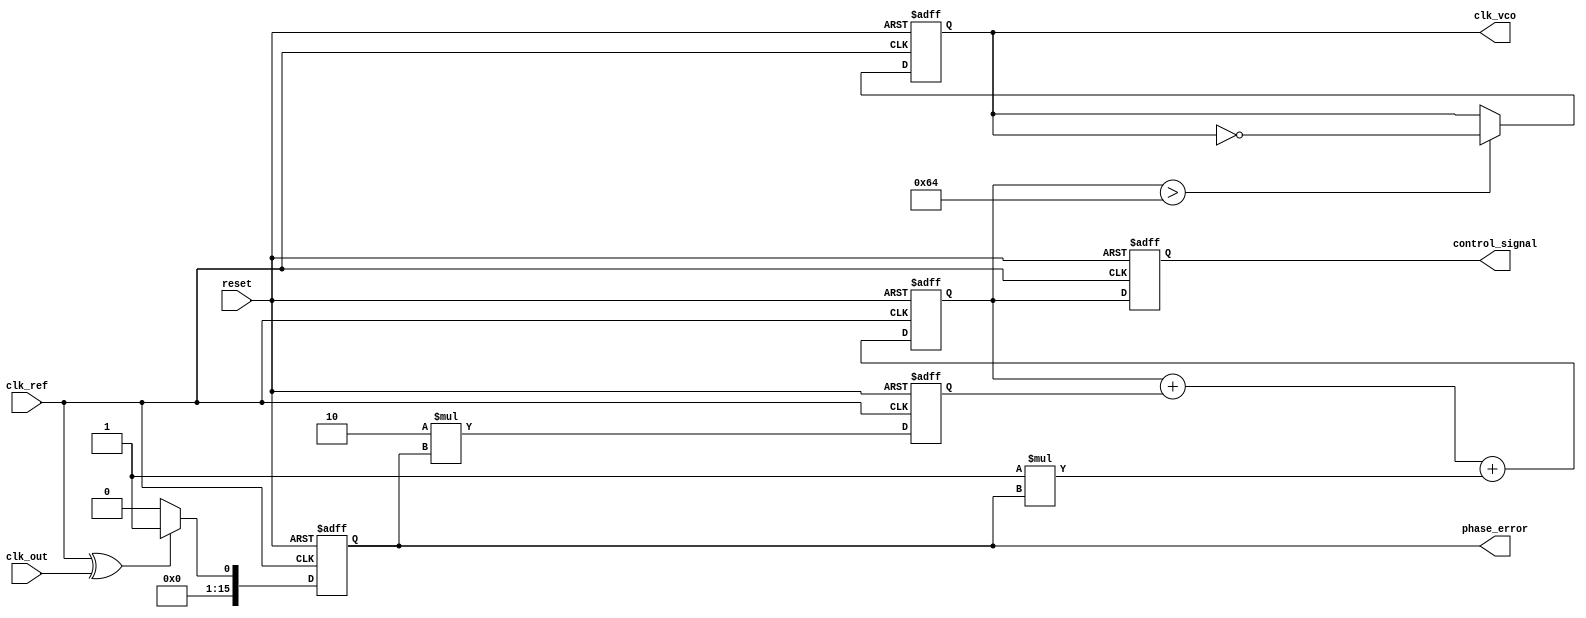
module memory_blocks_pll (
    input wire clk_ref,            // Reference clock input
    input wire clk_out,            // Output clock input
    input wire reset,              // Asynchronous reset
    output reg clk_vco,            // Voltage-controlled oscillator output
    output reg [15:0] phase_error, // Phase error output
    output reg [15:0] control_signal // Control signal for VCO
);

    // Parameters for the PLL
    parameter N = 16; // Number of bits for phase error and control signal
    parameter Kp = 2; // Proportional gain for loop filter
    parameter Ki = 1; // Integral gain for loop filter

    // Internal signals
    reg [N-1:0] memory_blocks [0:31]; // Memory blocks for storing phase error values
    reg [N-1:0] phase_error_reg;
    reg [N-1:0] control_voltage;
    reg [N-1:0] loop_filter_output;
    reg [4:0] addr; // Address for memory blocks

    // Phase Detector
    always @(posedge clk_ref or posedge reset) begin
        if (reset) begin
            phase_error <= 0;
        end else begin
            // Simple phase error calculation using XOR
            phase_error <= (clk_ref ^ clk_out) ? 1 : 0; // Simplified phase error
        end
    end

    // Loop Filter (Simple Proportional-Integral Controller)
    always @(posedge clk_ref or posedge reset) begin
        if (reset) begin
            control_voltage <= 0;
            loop_filter_output <= 0;
        end else begin
            // Proportional part
            loop_filter_output <= Kp * phase_error;

            // Integral part (simple accumulator)
            control_voltage <= control_voltage + loop_filter_output + Ki * phase_error;
        end
    end

    // Voltage-Controlled Oscillator (VCO)
    always @(posedge clk_ref or posedge reset) begin
        if (reset) begin
            clk_vco <= 0;
        end else begin
            // Simple VCO model: Just toggle based on control voltage
            if (control_voltage > 100) begin 
                clk_vco <= ~clk_vco; // Toggle the output if control voltage exceeds threshold
            end
        end
    end

    // Memory Blocks to store phase error values
    always @(posedge clk_ref or posedge reset) begin
        if (reset) begin
            addr <= 0;
        end else begin
            // Store phase error values in memory blocks
            memory_blocks[addr] <= phase_error; // Store current phase error
            addr <= addr + 1; // Increment address
            if (addr == 31) addr <= 0; // Wrap around
        end
    end

    // Control signal output
    always @(posedge clk_ref or posedge reset) begin
        if (reset) begin
            control_signal <= 0;
        end else begin
            control_signal <= control_voltage; // Output control voltage
        end
    end

endmodule